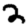
Digit: 2